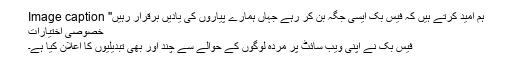
Image caption 'ہم امید کرتے ہیں کہ فیس بک ایسی جگہ بن کر رہے جہاں ہمارے پیاروں کی یادیں برقرار رہیں'
خصوصی اختیارات
فیس بک نے اپنی ویب سائٹ پر مردہ لوگوں کے حوالے سے چند اور بھی تبدیلیوں کا اعلان کیا ہے۔